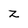
Character: Z